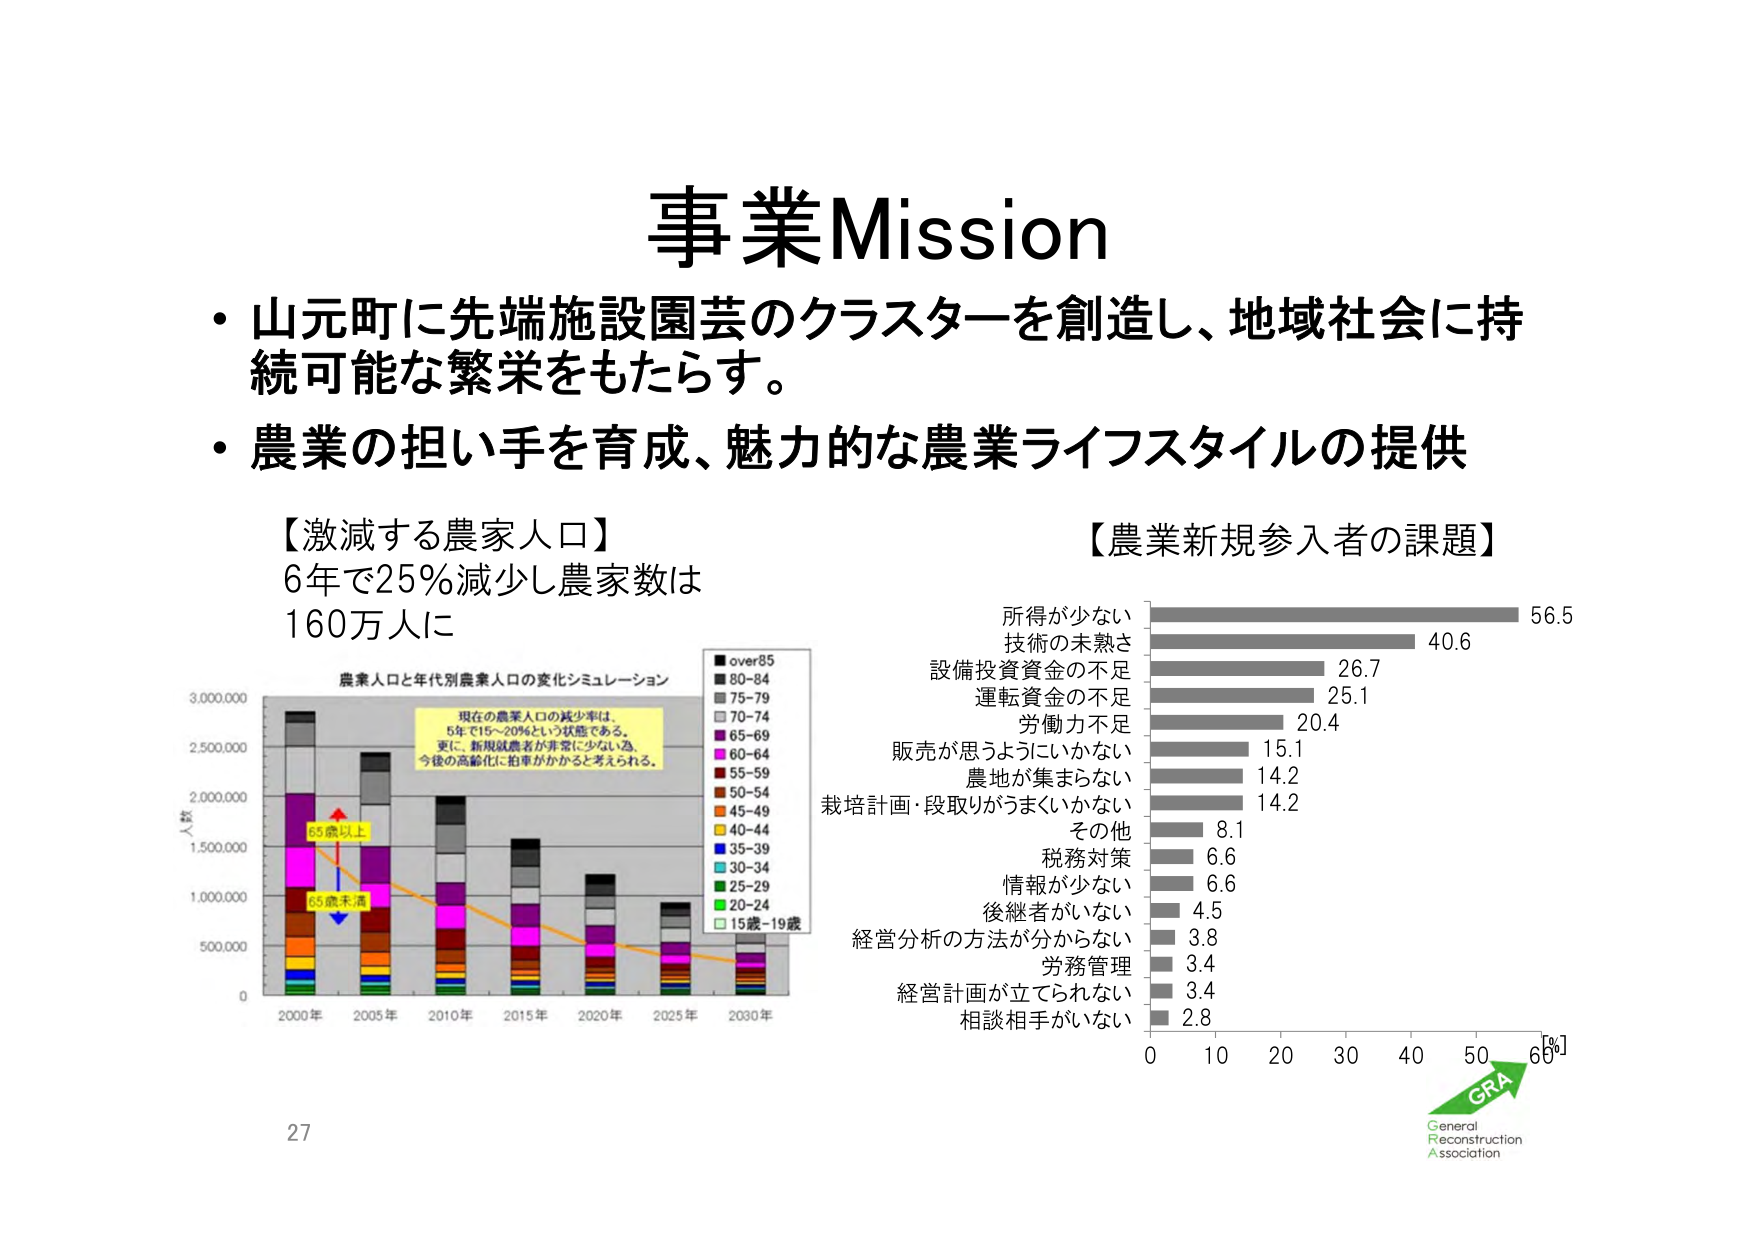
事業Mission
・山元町に先端施設園芸のクラスターを創造し、地域社会に持続可能な繁栄をもたらす。
・農業の担い手を育成、魅力的な農業ライフスタイルの提供

【激減する農家人口】
6年で25％減少し農家数は
160万人に

農業人口と年代別農業人口の変化シミュレーション
人数
3,000,000
2,500,000
2,000,000
1,500,000
1,000,000
500,000
0
2000年 2005年 2010年 2015年 2020年 2025年 2030年

■ over85
■ 80-84
■ 75-79
□ 70-74
■ 65-69
■ 60-64
■ 55-59
■ 50-54
■ 45-49
■ 40-44
■ 35-39
■ 30-34
■ 25-29
■ 20-24
□ 15歳-19歳

現在の農業人口の減少率は、
5年で15～20％という状態である。
更に、新規就農者が非常に少ない為、
今後の高齢化に拍車がかかると考えられる。

65歳以上
65歳未満

【農業新規参入者の課題】
所得が少ない 56.5
技術の未熟さ 40.6
設備投資資金の不足 26.7
運転資金の不足 25.1
労働力不足 20.4
販売が思うようにいかない 15.1
農地が集まらない 14.2
栽培計画・段取りがうまくいかない 14.2
その他 8.1
税務対策 6.6
情報が少ない 6.6
後継者がいない 4.5
経営分析の方法が分からない 3.8
労務管理 3.4
経営計画が立てられない 3.4
相談相手がいない 2.8

0 10 20 30 40 50 60 [%]

GRA
General
Reconstruction
Association

27